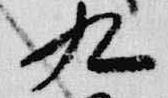
九